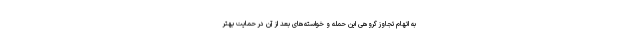
به اتهام تجاوز گروهی این حمله و خواسته‌های بعد از آن در حمایت بهتر